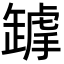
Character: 𦉋